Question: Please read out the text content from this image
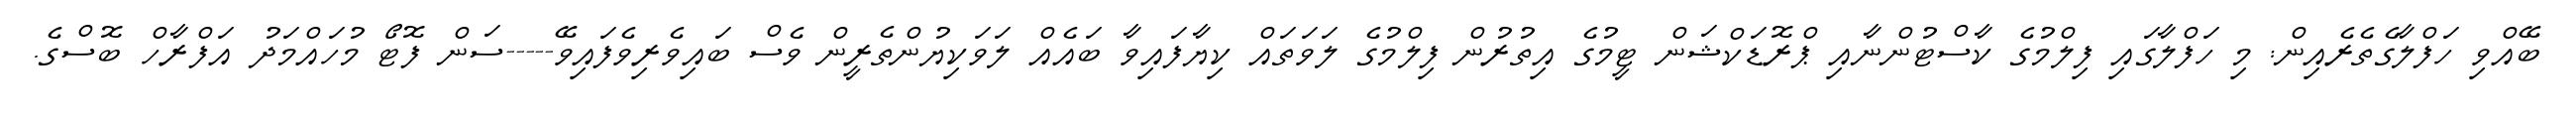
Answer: ބޭއްވި ހަފްލާގެތެރެއިން: މި ހަފްލާގައި ފިލްމުގެ ކާސްޓުންނާއި ޕްރޮޑަކްޝަން ޓީމުގެ އިތުރުން ފިލްމުގެ ލަވަތައް ކިޔާފައިވާ ބައެއް ލަވަކިޔުންތެރީން ވެސް ބައިވެރިވެފައިވޭ-----ސަން ފޮޓޯ މުހައްމަދު އަފްރާހް ބޮސްގެ.